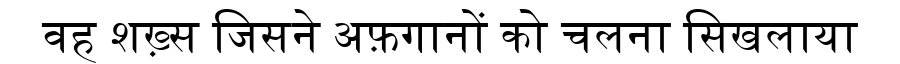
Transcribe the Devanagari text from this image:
वह शख़्स जिसने अफ़गानों को चलना सिखलाया